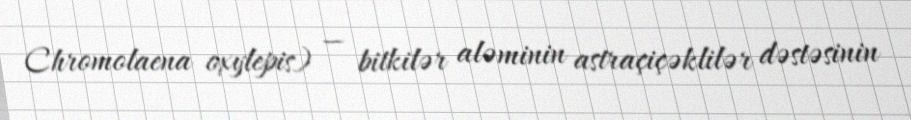
Chromolaena oxylepis) — bitkilər aləminin astraçiçəklilər dəstəsinin